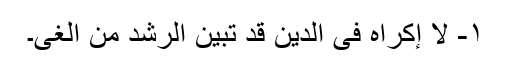
۱- لا إکراہ فی الدین قد تبین الرشد من الغی۔